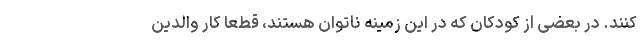
کنند. در بعضی از کودکان که در این زمینه ناتوان هستند، قطعا کار والدین